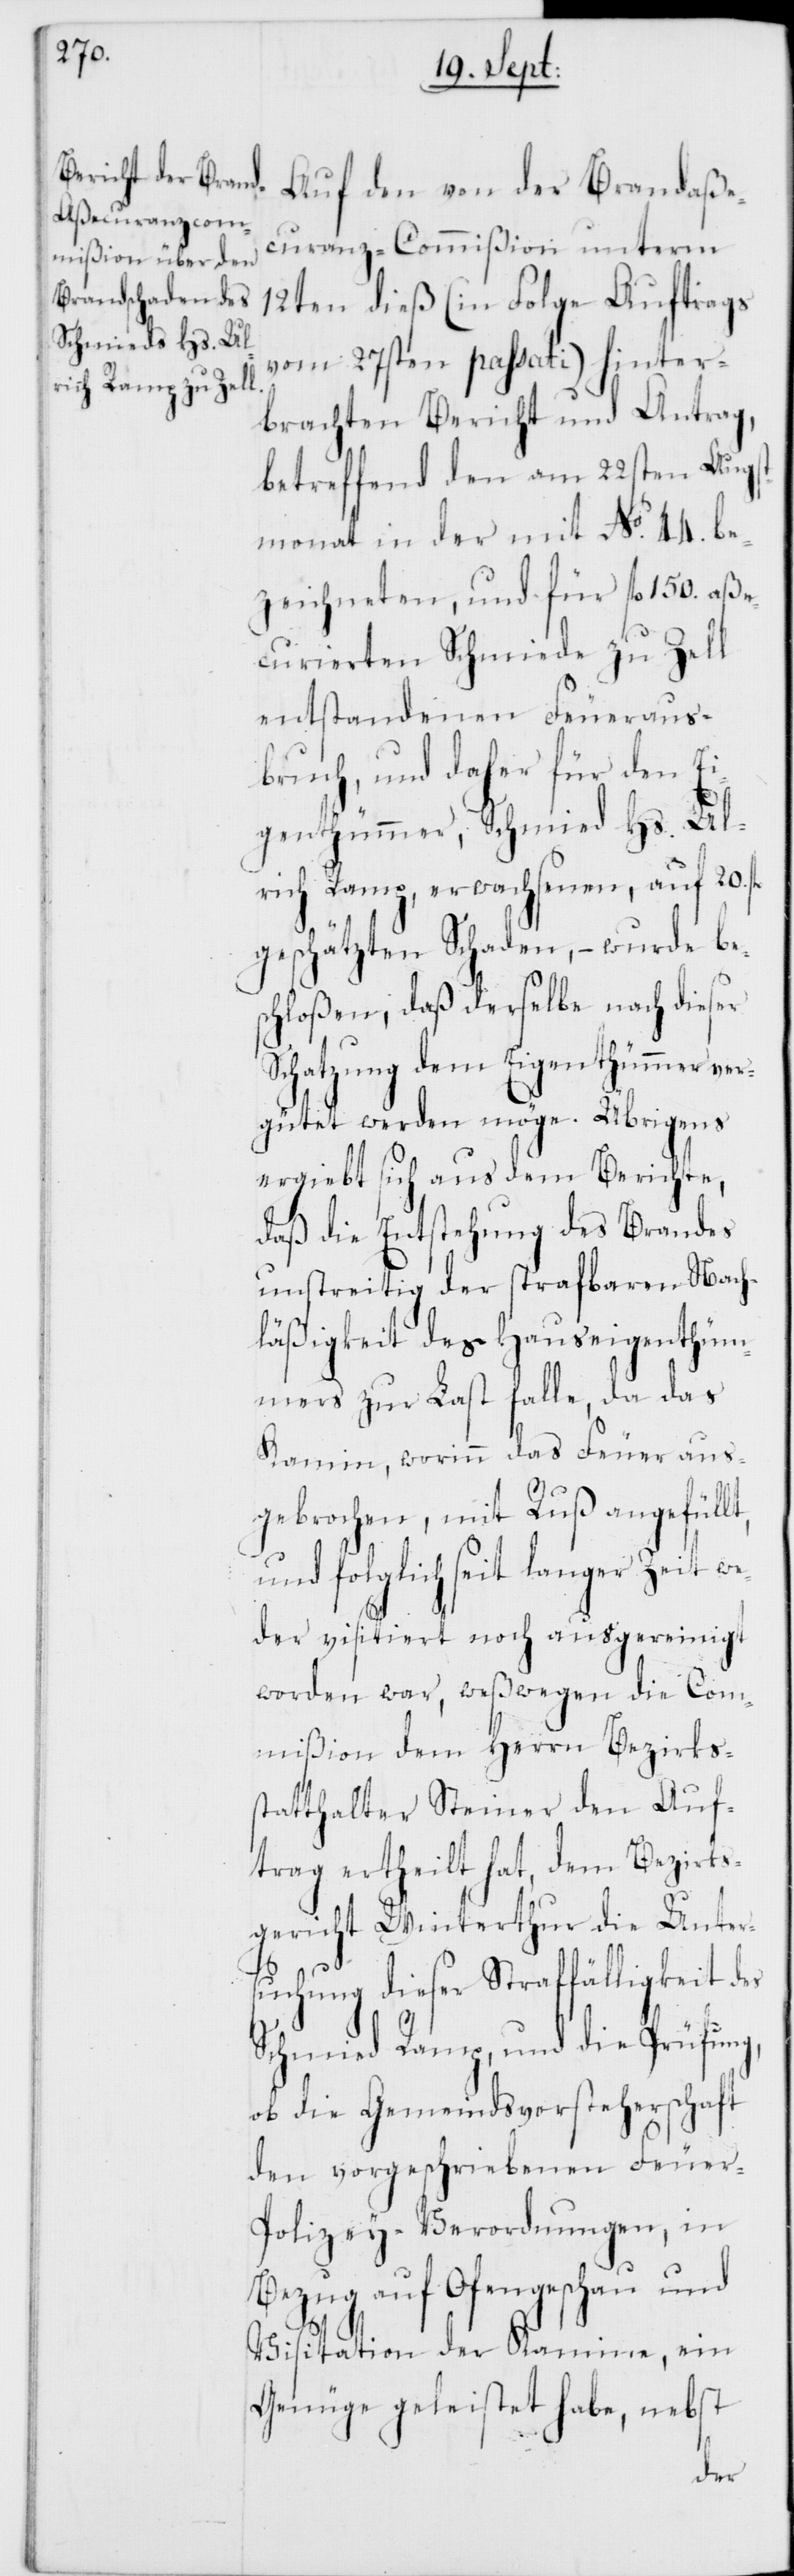
Auf den von der Brandaße¬
curanz-Commißion unterm
12ten dieß (in Folge Auftrags
vom 27sten passati) hinter¬
brachten Bericht und Antrag,
betreffend den am 22sten Aug¬
stmonat in der mit No 44. be¬
zeichneten, und für fl. 150. aße¬
curierten Schmiede zu Zell
entstandenen Feueraus¬
bruch, und daher für den Ei¬
genthümmer, Schmied Hs. Ul¬
rich Ramp, erwachsenen, auf 20.
geschätzten Schaden, – wurde be¬
schloßen, daß derselbe nach dieser
Schatzung dem Eigenthümmer ver¬
gütet werden möge. Übrigens
ergiebt sich aus dem Berichte,
daß die Entstehung des Brandes
unstreitig der strafbaren Nach¬
läßigkeit des Hauseigenthüm¬
mers zur Last falle, da das
Kamin, worinn das Feuer aus¬
gebrochen, mit Ruß angefüll¬
und folglich seit langer Zeit we¬
der visitiert noch ausgereinigt
worden war, weßwegen die Com¬
mißion dem Herrn Bezirks¬
statthalter Steiner den Auf¬
trag ertheilt hat, dem Bezirks¬
t,
gericht Winterthur die Unter¬
suchung dieser Straffälligkeit des
Schmied Ramp, und die Prüfung,
ob die Gemeindsvorsteherschaft
den vorgeschriebenen Feue¬
r-Polizey-Verordnungen, in
Bezug auf Ofengschau und
Visitation der Kamine, ein
Genüge geleistet habe, nebst